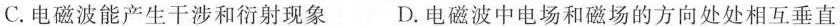
C.电磁波能产生干涉和衍射现象 D.电磁波中电场和磁场的方向处处相互垂直